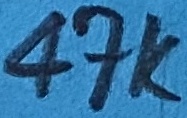
Text: 47K